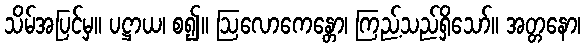
သိမ်အပြင်မှ။ ပဋ္ဌာယ၊ စ၍။ ဩလောကေန္တော၊ ကြည့်သည်ရှိသော်။ အတ္တနော၊